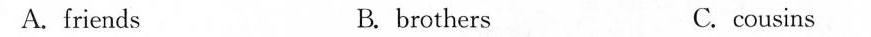
A.friends B. brothers C. cousins